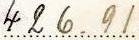
426.91